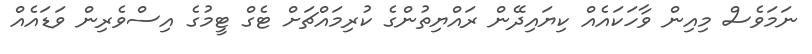
ނަމަވެސް މިއިން ވާހަކައެއް ކިޔައިދޭން ރައްޔިތުންގެ ކުރިމައްޗަށް ޓެގް ޓީމުގެ އިސްވެރިން ވަޑައެއް